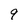
Character: 9